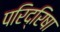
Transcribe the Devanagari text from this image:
परिद्रिषा